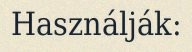
Használják: